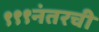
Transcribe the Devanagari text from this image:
९९९नंतरची